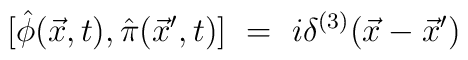
[\hat{\phi}(\vec{x},t),\hat{\pi}(\vec{x} ' ,t)] \ =\  i\delta^{(3)}(\vec{x}-\vec{x} ' )